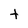
Character: t